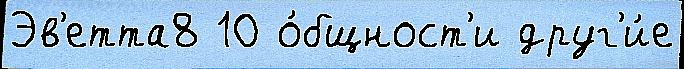
Эв'етта8 10 о́бщност'и друг'и́е